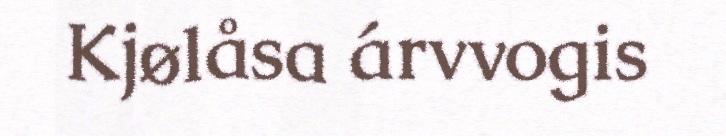
Kjølåsa árvvogis